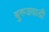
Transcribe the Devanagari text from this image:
बुरुजवाडी